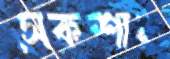
সেকশান